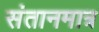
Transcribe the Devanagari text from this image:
संतानमात्र